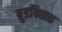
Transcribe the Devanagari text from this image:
बुडवितात